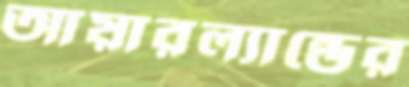
আয়ারল্যান্ডের